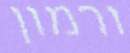
ורמון